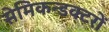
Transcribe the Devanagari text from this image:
सेमिकन्डक्टरों